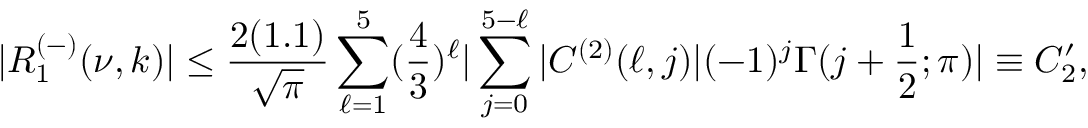
| R _ { 1 } ^ { ( - ) } ( \nu , k ) | \leq \frac { 2 ( 1 . 1 ) } { \sqrt { \pi } } \sum _ { \ell = 1 } ^ { 5 } ( \frac { 4 } { 3 } ) ^ { \ell } | \sum _ { j = 0 } ^ { 5 - \ell } | C ^ { ( 2 ) } ( \ell , j ) | ( - 1 ) ^ { j } \Gamma ( j + \frac { 1 } { 2 } ; \pi ) | \equiv C _ { 2 } ^ { \prime } ,